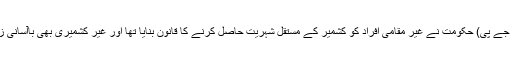
بھارتیہ جنتا پارتی (بی جے پی) حکومت نے غیر مقامی افراد کو کشمیر کے مستقل شہریت حاصل کرنے کا قانون بنایا تھا اور غیر کشمیری بھی باآسانی زمینیں خرید سکیں گے۔